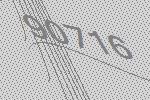
90716